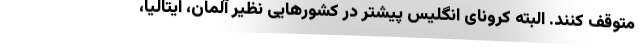
متوقف کنند. البته کرونای انگلیس پیشتر در کشورهایی نظیر آلمان، ایتالیا،